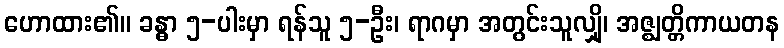
ဟောထား၏။ ခန္ဓာ ၅-ပါးမှာ ရန်သူ ၅-ဦး၊ ရာဂမှာ အတွင်းသူလျှို၊ အဇ္ဈတ္တိကာယတန